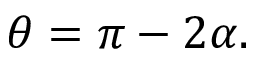
\theta = \pi - 2 \alpha .